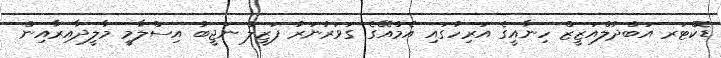
ޑޮކްޓަރ އަބްދުލްއަޒީޒް ހިނާއީގެ އަރިހުގައި އެމްއޭގެ ގަވަރުނަރު ފަޒީލް ނަޖީބު އިސްލާމީ މާލީދާއިރާއިން